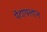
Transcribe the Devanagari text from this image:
पेंटाथलान